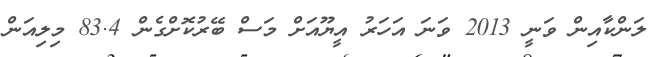
ލަންކާއިން ވަނީ 2013 ވަނަ އަހަރު އީޔޫއަށް މަސް ބޭރުކޮށްގެން 83.4 މިލިއަން